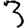
Digit: 3